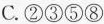
C. ②③⑤⑧